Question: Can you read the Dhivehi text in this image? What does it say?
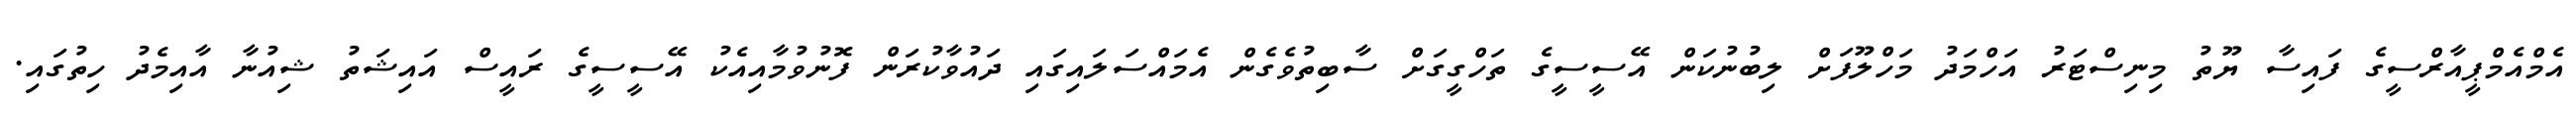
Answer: އެމްއެމްޕީއާރްސީގެ ފައިސާ ޔޫތު މިނިސްޓަރު އަހްމަދު މަހްލޫފަށް ލިބުނުކަން އޭސީސީގެ ތަހްގީގަށް ސާބިތުވެގެން އެމައްސަލައިގައި ދައުވާކުރަން ފޮނުވުމާއިއެކު އޭސީސީގެ ރައީސް އައިޝަތު ޝިއުނާ އާއިމެދު ހިތުގައި.